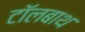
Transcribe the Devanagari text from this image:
टॉलबाथ